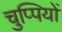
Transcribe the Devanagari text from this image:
चुप्पियों